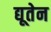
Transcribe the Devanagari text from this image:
द्यूतेन